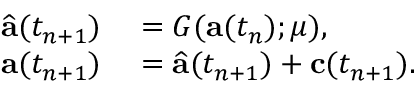
\begin{array} { r l } { \widehat { \mathbf { a } } ( t _ { n + 1 } ) } & { { } = G ( \mathbf { a } ( t _ { n } ) ; \mu ) , } \\ { \mathbf { a } ( t _ { n + 1 } ) } & { { } = \widehat { \mathbf { a } } ( t _ { n + 1 } ) + \mathbf { c } ( t _ { n + 1 } ) . } \end{array}